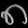
Digit: ၈